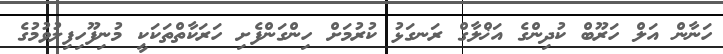
ހަނާން އަލް ހަރޫބް ކުދިންގެ އަޚްލާގް ރަނގަޅު ކުރުމަށް ހިންގަންފެށި ހަރަކާތްތަކަކީ މުނިފޫހިފިލުވުމުގެ